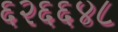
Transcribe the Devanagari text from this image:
६२६६४८